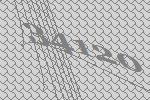
34120